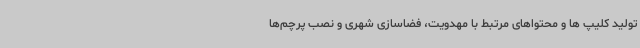
تولید کلیپ ها و محتواهای مرتبط با مهدویت، فضاسازی شهری و نصب پرچم‌ها